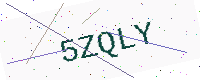
Text: 5ZQLY